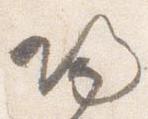
帰